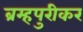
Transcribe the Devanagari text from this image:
ब्रम्हपुरीकर